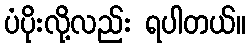
ပံပိုးလို့လည်း ရပါတယ်။